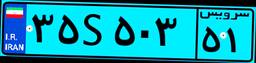
۳۰S۷۹۸۷۱